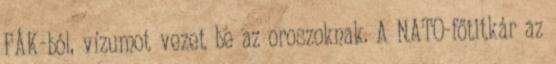
FÁK-ból, vízumot vezet be az oroszoknak. A NATO-főtitkár az